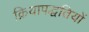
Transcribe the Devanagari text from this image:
क्रियापद्धतियों